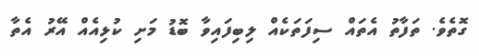
ގޮތެވެ. ތަފާތު އެތައް ސިފަތަކެއް ލިބިފައިވާ ބޮޑު މަށި ކުޅިއެއް އޭރު އެތާ